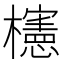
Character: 櫶